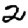
Digit: 2